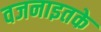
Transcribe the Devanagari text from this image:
वजनाइतके